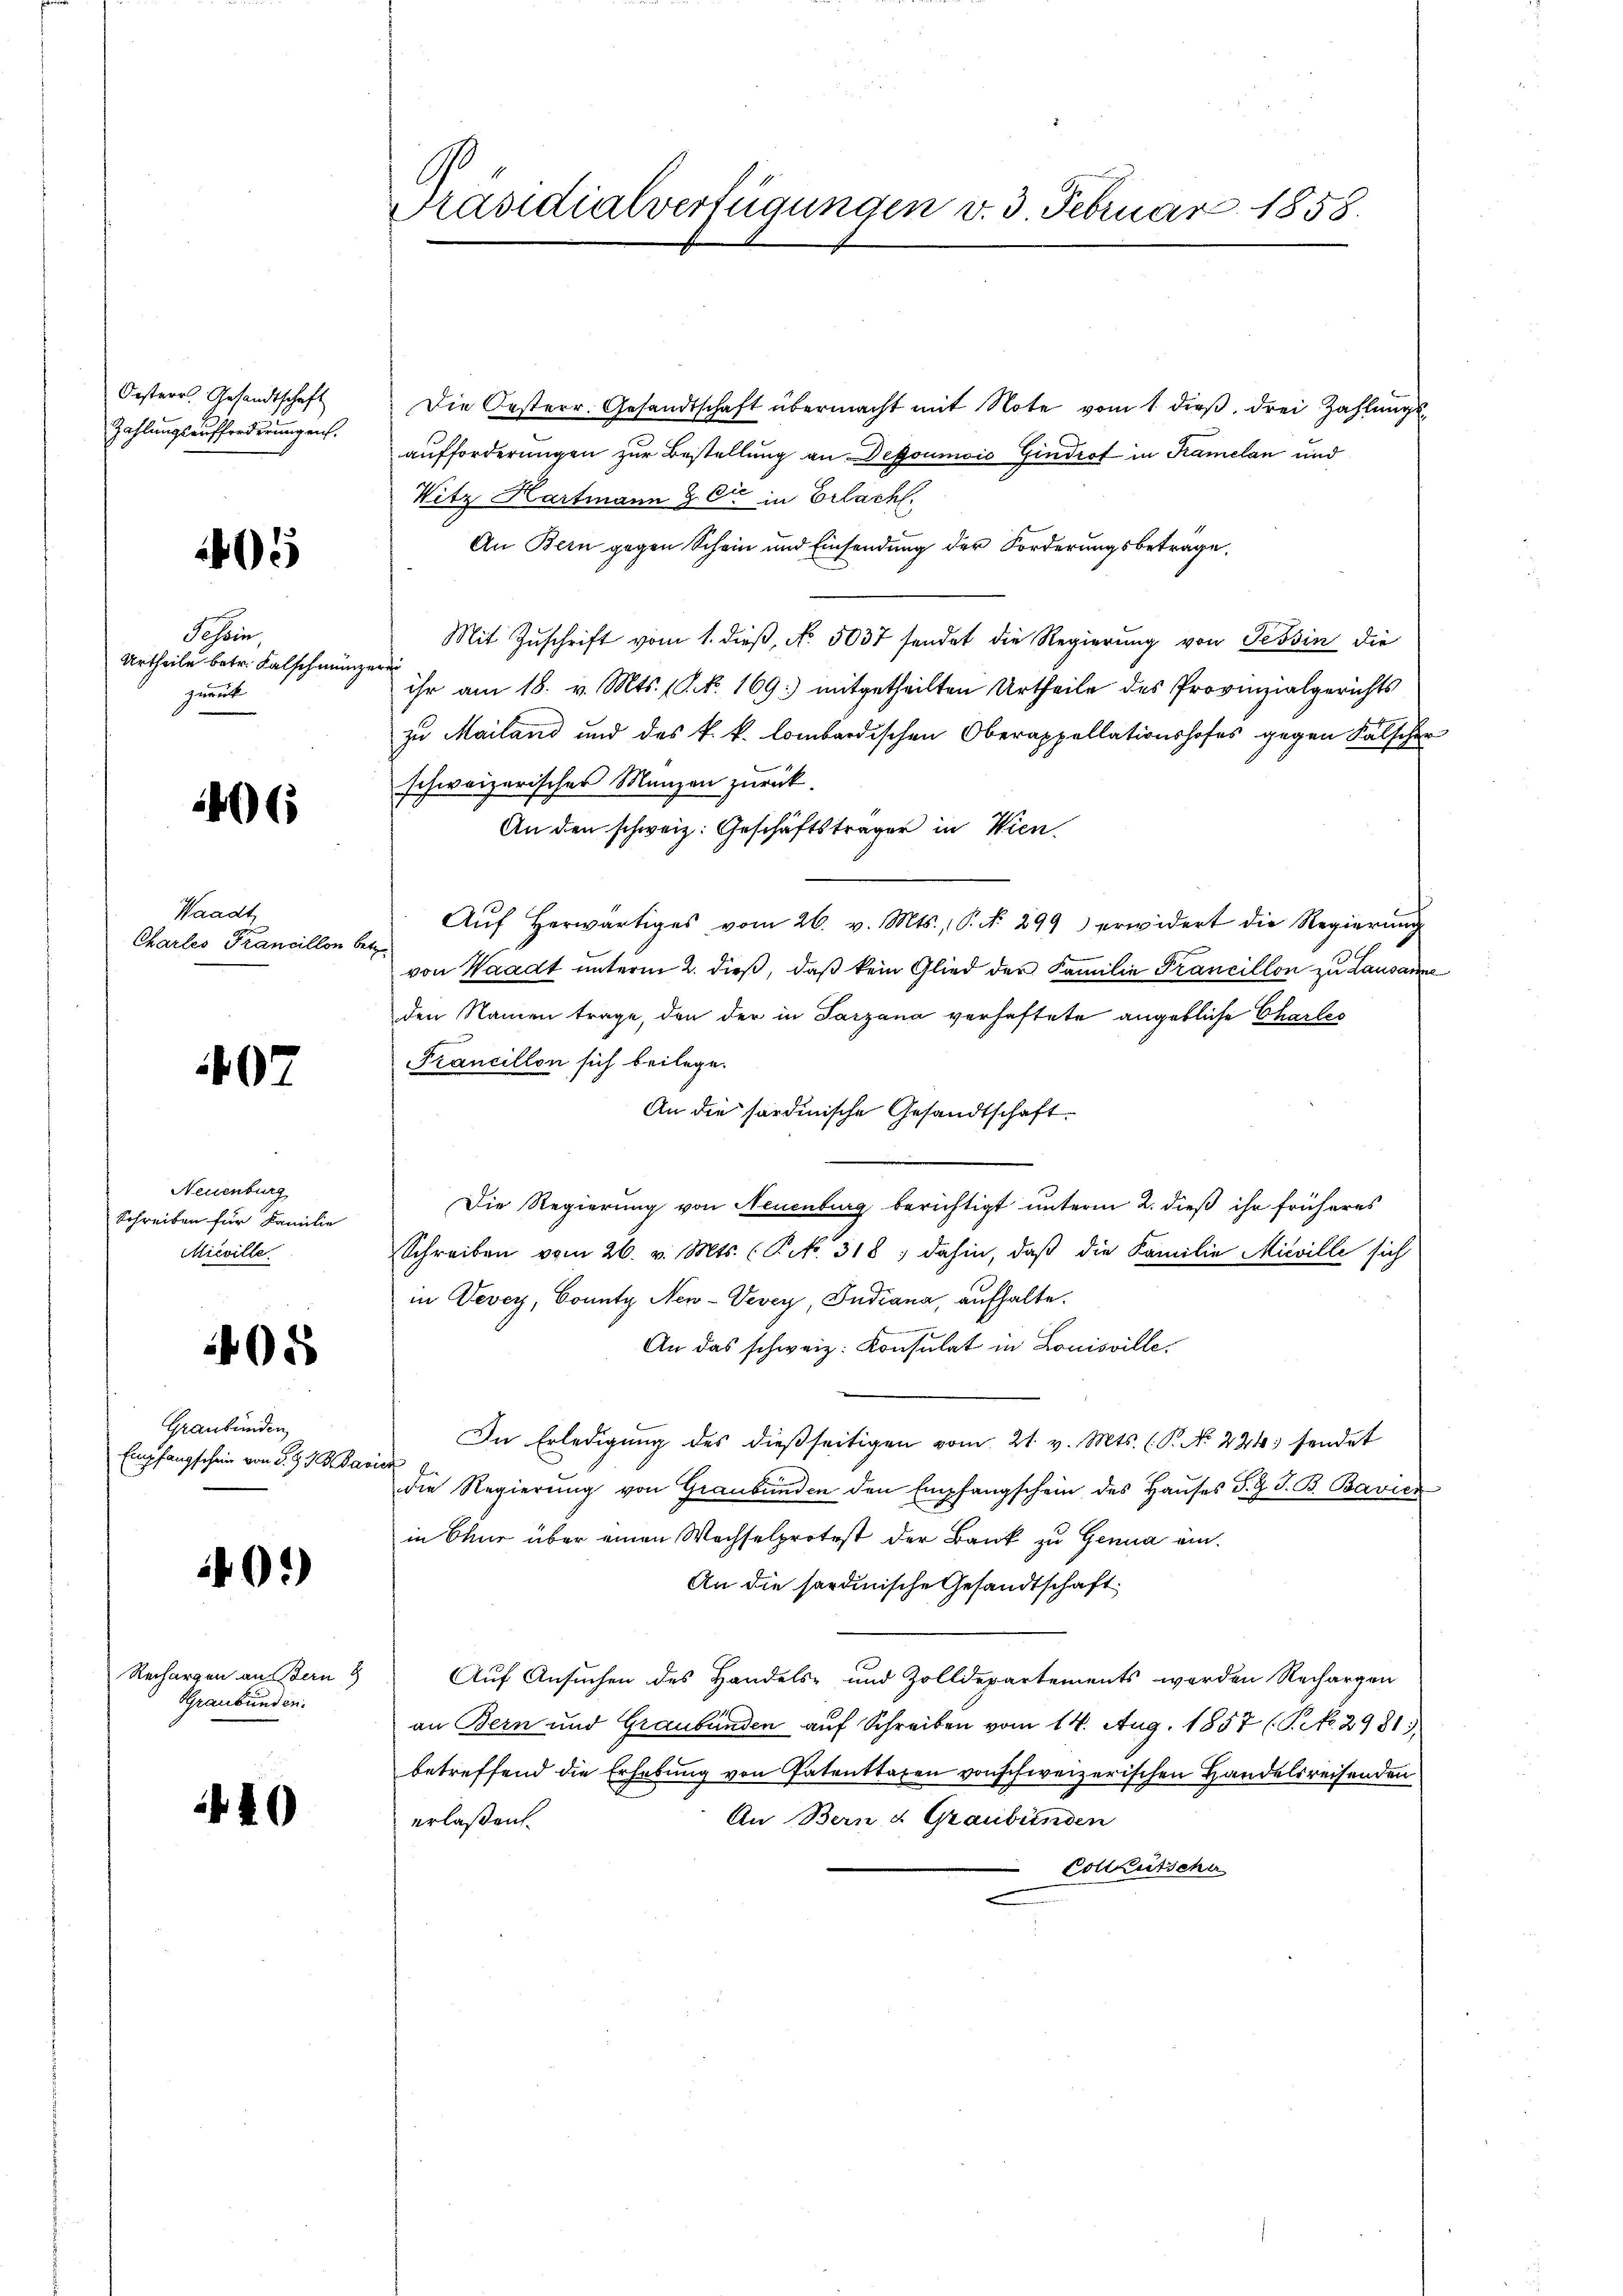
Oesterr. Gesandtschaft
Zahlungsaufforderungen.

5

Schein
Urtheile betr. Falschmünzerei
gemut

406

Waadt
Chartes Francillon betr.

407

Neuenburg
Schreiben für Familie
Mieville

05

Graubünden
Empfangschein von S. 97 A Bavier

40.)

Rechargen an Bern 8
GGraubünden.

40

Präsidialverfügungen v. 3. Februar 1858.

Die Oesterr. Gesandtschaft übermacht mit Note vom 1. dieß, drei Zahlungs
aufforderungen zur Bestellung an Defoumois Gindrof in Kramelan und
Witz Hartmann & Cie in Erlach.
An Bern gegen Schein und Einsendung der Forderungsbetrage.
Mit Zuschrift vom 1. dieß, No. 5037 sendet die Regierung von Tessin die
ihr am 18. v. Mts. (S. Nr. 169) mitgetheilten Urtheile des Provinzialgerichts
zu Mailand und des k. k. lombardischen Oberappellationshofes gegen Kalsche
schweizerischer Manzen zurück.
An den schweiz. Geschäftsträger in Wien,
Aŭf herwärtiges vom 26. v. Mts., P. No. 299) erwidert die Regierung
von Waadt unterm 2. dieß, daß kein Glied der Familie Francillon zu Lausam
den Namen trage, den der in Tarzana verhaftete angebliche Charles
Francillon sich beilege.
An die fordinische Gesandtschaft
Die Regierung von Neuenburg berichtigt unterm 2. dieß ihr früheres
Schreiben vom 26. v. Mts. (Pcko. 318; dahin, daß die Familie Mieville sich
in Vevey, County New-Vevey, Indiana, aufhalte.
An das schweiz. Konsulat in Louisville.
In Erledigŭng des dießseitigen vom 21. v. Mts. (P. No 224. sendet
die Regierung von Graubünden den Empfangschein des Hauses P. J. J. B. Bavier
in Chur über einen Wachselprotest der Bank zu Genua ein¬
An die sardinische Gesandtschaft
Auf Ansuchen des Handels- und Zolldepartements werden Rechargen
an Bern und Graubünden auf Schreiben vom 14. Aug. 1857 (T. No. 2981.
betreffend die Erhebung von Patenttaxen von schweizerischen Handelsreisenden
An Bern & Graubünden
erlaßen.
Collkutsche

d
d